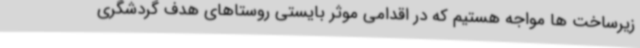
زیرساخت ها مواجه هستیم که در اقدامی موثر بایستی روستاهای هدف گردشگری